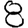
Digit: 8